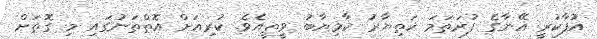
އުފާކުރީ އޭނާގެ ފުރަތަމަ ޚަތިޔާރު ކާމިޔާބު ވީތީއެވެ. ކުރިއަށް އޮތްތަނުގައި މި ގޮތަށް